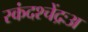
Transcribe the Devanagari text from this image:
स्कंदश्चेंद्रःअ